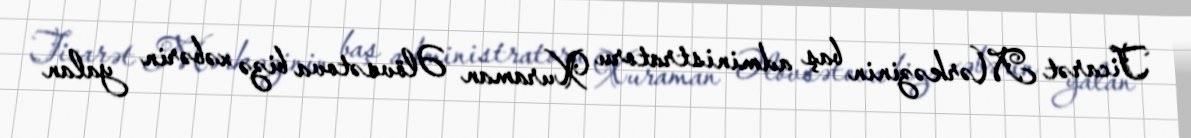
Ticarət Mərkəzinin baş administratoru Xuraman Əlövsətova bizə xəbərin yalan